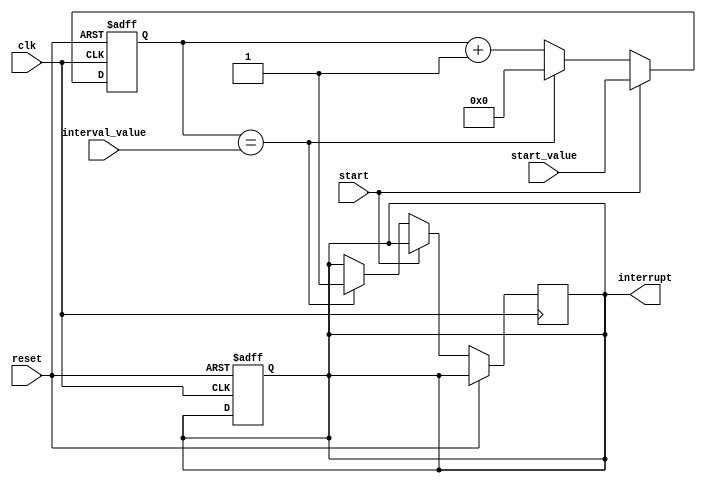
module IntervalTimer (
    input wire clk,
    input wire reset,
    input wire start,
    input wire [15:0] start_value,
    input wire [15:0] interval_value,
    output reg interrupt
);

reg [15:0] count;

always @(posedge clk or posedge reset) begin
    if (reset) begin
        count <= 16'b0;
    end else if (start) begin
        count <= start_value;
    end else if (count == interval_value) begin
        interrupt <= 1;
        count <= 16'b0;
    end else begin
        count <= count + 1;
    end
end

// Synchronization block
reg synced_clk;
always @(posedge clk) begin
    synced_clk <= !synced_clk;
end

// Additional logic for resetting and programming interval values
always @(posedge clk or posedge reset) begin
    if (reset) begin
        interrupt <= 0;
    end
end

endmodule